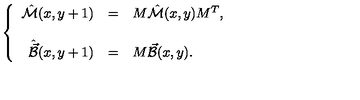
\left\{ \begin{array} { r c l } { \hat { \cal M } ( x , y + 1 ) } & { = } & { M \hat { \cal M } ( x , y ) M ^ { T } , } \\ { } & { } & { } \\ { \hat { \vec { \cal B } } ( x , y + 1 ) } & { = } & { M \vec { \cal B } ( x , y ) . } \\ \end{array} \right.